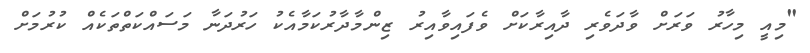
"މިއީ މިހާރު ވަރަށް ވާދަވެރި ދާއިރާކަށް ވެފައިވާއިރު ޒިންމާދާރުކަމާއެކު ހަރުދަނާ މަސައްކަތްތަކެއް ކުރުމަށް